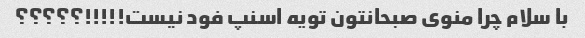
با سلام چرا منوی صبحانتون تویه اسنپ فود نیست!!!!!؟؟؟؟؟